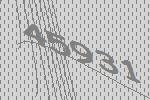
45931